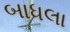
બાધલા